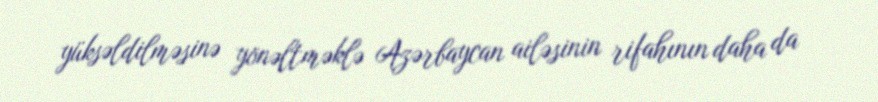
yüksəldilməsinə yönəltməklə Azərbaycan ailəsinin rifahının daha da